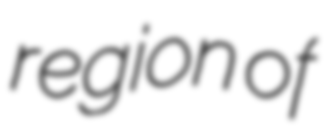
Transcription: region of